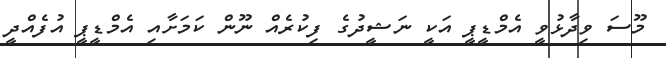
މޫސަ ވިދާޅުވީ އެމްޑީޕީ އަކީ ނަޝީދުގެ ފިކުރެއް ނޫން ކަމަށާއި އެމްޑީޕީ އުފެއްދީ